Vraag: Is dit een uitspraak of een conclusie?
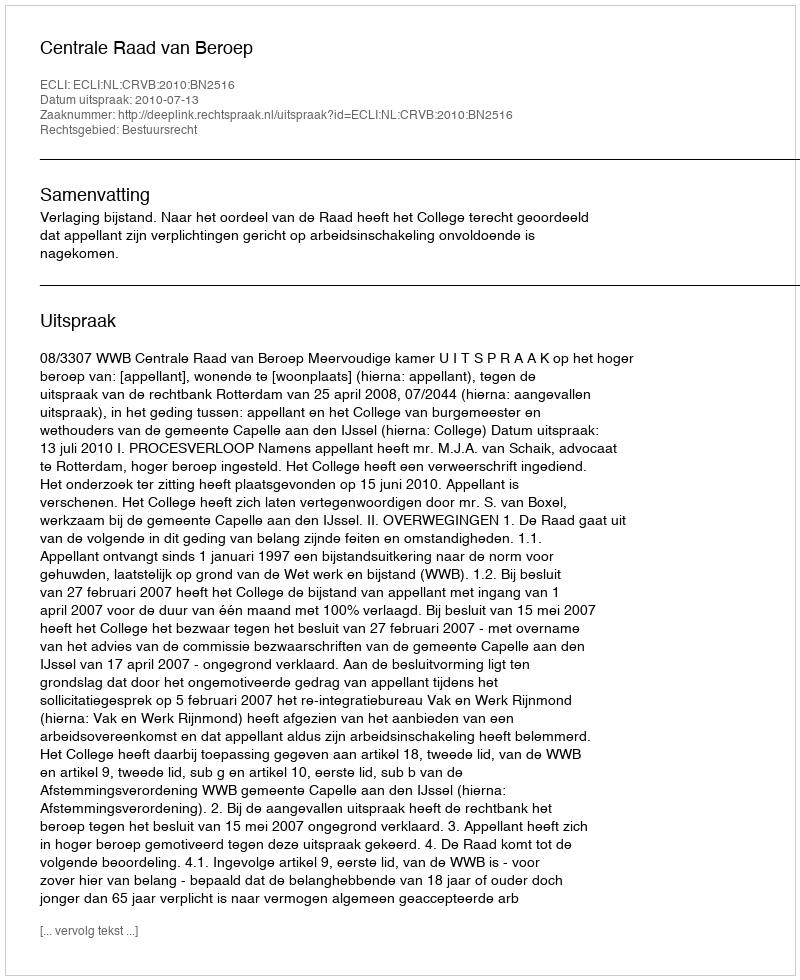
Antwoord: Uitspraak